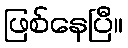
ဖြစ်နေပြီ။